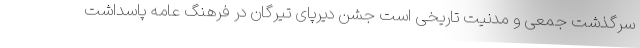
سرگذشت جمعی و مدنیت تاریخی است جشن دیرپای تیرگان در فرهنگ عامه پاسداشت